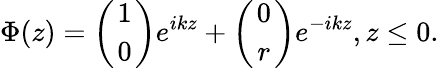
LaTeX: \Phi(z)=\left({1\atop 0}\right)e^{ikz}+\left({0\atop r}\right)e^{-ikz},z\leq 0.